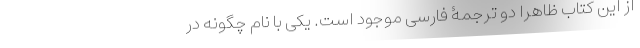
از این کتاب ظاهراً دو ترجمۀ فارسی موجود است. یکی با نام چگونه در